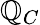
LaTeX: \mathbb{Q}_{C}